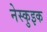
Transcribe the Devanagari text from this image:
नेस्कुइक